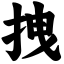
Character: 拽